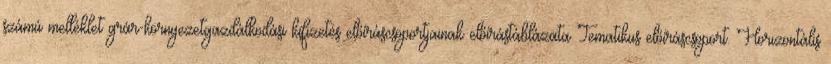
számú melléklet grár-környezetgazdálkodási kifizetés előíráscsoportjainak előírástáblázata Tematikus előíráscsoport. Horizontális